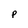
Character: p